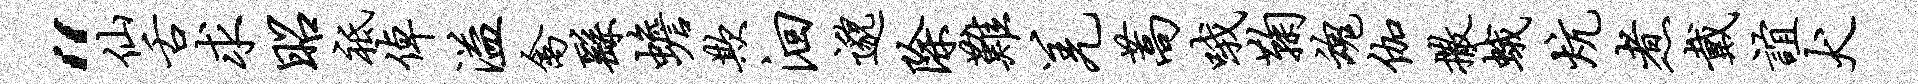
“仙舌求昭祗倬溢禽繇蟾欺洄邈除难羌蒿哦鞠魂伽撒蛾炕煮戴谊犬